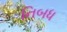
નિબધ